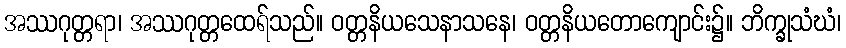
အဿဂုတ္တရာ၊ အဿဂုတ္တထေရ်သည်။ ဝတ္တနိယသေနာသနေ၊ ဝတ္တနိယတောကျောင်း၌။ ဘိက္ခုသံဃံ၊